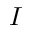
I